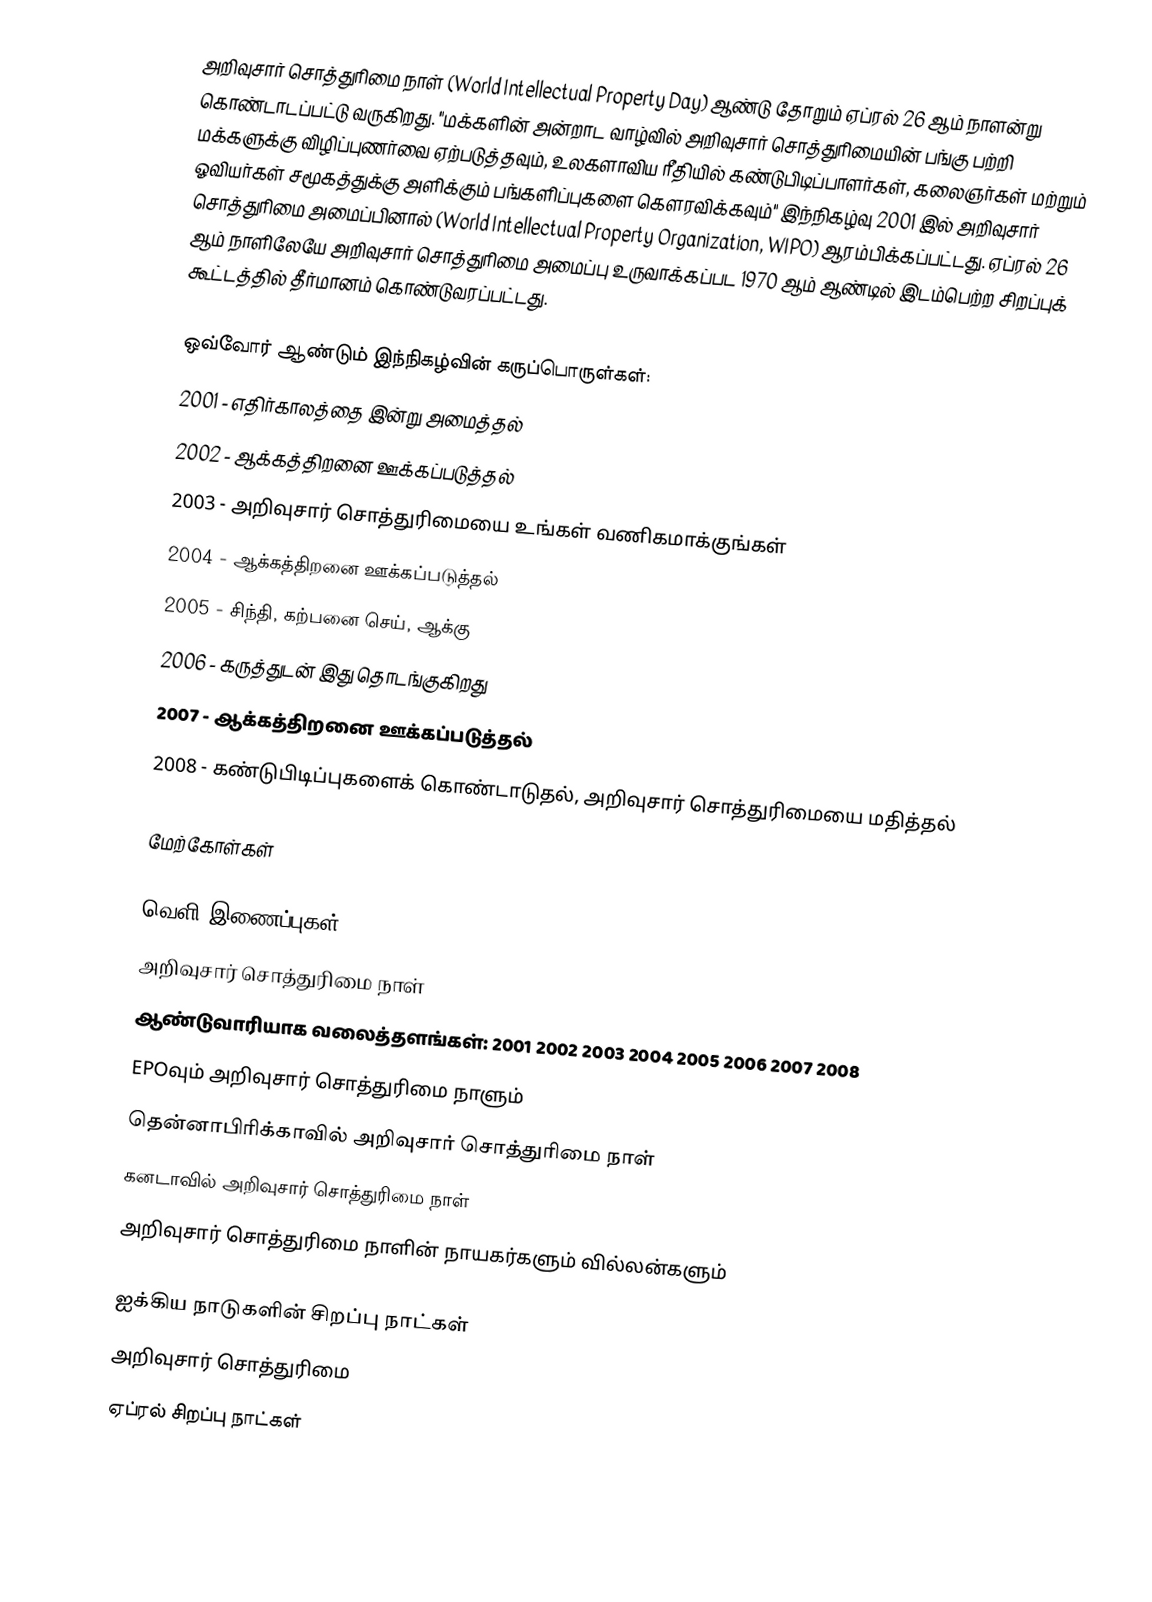
அறிவுசார் சொத்துரிமை நாள் (World Intellectual Property Day) ஆண்டு தோறும் ஏப்ரல் 26 ஆம் நாளன்று கொண்டாடப்பட்டு வருகிறது. "மக்களின் அன்றாட வாழ்வில் அறிவுசார் சொத்துரிமையின் பங்கு பற்றி மக்களுக்கு விழிப்புணர்வை ஏற்படுத்தவும், உலகளாவிய ரீதியில் கண்டுபிடிப்பாளர்கள், கலைஞர்கள் மற்றும் ஓவியர்கள் சமூகத்துக்கு அளிக்கும் பங்களிப்புகளை கௌரவிக்கவும்" இந்நிகழ்வு 2001 இல் அறிவுசார் சொத்துரிமை அமைப்பினால் (World Intellectual Property Organization, WIPO) ஆரம்பிக்கப்பட்டது. ஏப்ரல் 26 ஆம் நாளிலேயே அறிவுசார் சொத்துரிமை அமைப்பு உருவாக்கப்பட 1970 ஆம் ஆண்டில் இடம்பெற்ற சிறப்புக் கூட்டத்தில் தீர்மானம் கொண்டுவரப்பட்டது.

ஒவ்வோர் ஆண்டும் இந்நிகழ்வின் கருப்பொருள்கள்:
 2001 - எதிர்காலத்தை இன்று அமைத்தல்
 2002 - ஆக்கத்திறனை ஊக்கப்படுத்தல்
 2003 - அறிவுசார் சொத்துரிமையை உங்கள் வணிகமாக்குங்கள்
 2004 - ஆக்கத்திறனை ஊக்கப்படுத்தல்
 2005 - சிந்தி, கற்பனை செய், ஆக்கு
 2006 - கருத்துடன் இது தொடங்குகிறது
 2007 - ஆக்கத்திறனை ஊக்கப்படுத்தல்
 2008 - கண்டுபிடிப்புகளைக் கொண்டாடுதல், அறிவுசார் சொத்துரிமையை மதித்தல்

மேற்கோள்கள்

வெளி இணைப்புகள்
 அறிவுசார் சொத்துரிமை நாள்
 ஆண்டுவாரியாக வலைத்தளங்கள்: 2001   2002   2003   2004   2005   2006   2007   2008
 EPOவும் அறிவுசார் சொத்துரிமை நாளும்
 தென்னாபிரிக்காவில் அறிவுசார் சொத்துரிமை நாள்
 கனடாவில் அறிவுசார் சொத்துரிமை நாள்
 அறிவுசார் சொத்துரிமை நாளின் நாயகர்களும் வில்லன்களும்

ஐக்கிய நாடுகளின் சிறப்பு நாட்கள்
அறிவுசார் சொத்துரிமை
ஏப்ரல் சிறப்பு நாட்கள்